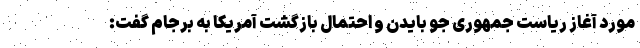
مورد آغاز ریاست جمهوری جو بایدن و احتمال بازگشت آمریکا به برجام گفت: